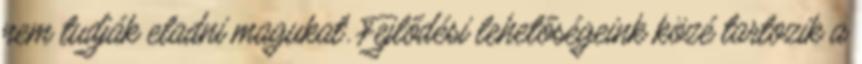
nem tudják eladni magukat. Fejlődési lehetőségeink közé tartozik a